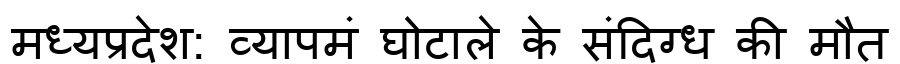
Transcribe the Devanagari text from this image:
मध्यप्रदेश: व्यापमं घोटाले के संदिग्ध की मौत